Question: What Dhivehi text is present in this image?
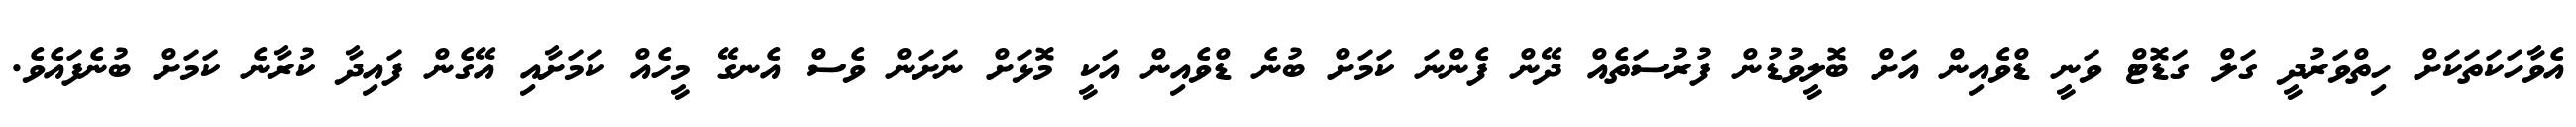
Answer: އެވާހަކަތަކަށް ހިތްވަރުދީ ގަލް ގަޑޮޓް ވަނީ ޑްވެއިން އަށް ބޮލީވުޑުން ފުރުސަތެއް ދޭން ފެންނަ ކަމަށް ބުނެ ޑްވެއިން އަކީ މޮޅަށް ނަށަން ވެސް އެނގޭ މީހެއް ކަމަށާއި އޭގެން ފައިދާ ކުރާނެ ކަމަށް ބުނެފައެވެ.